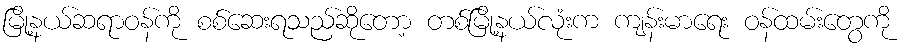
မြို့နယ်ဆရာဝန်ကို စစ်ဆေးရသည်ဆိုတော့ တစ်မြို့နယ်လုံးက ကျန်းမာရေး ဝန်ထမ်းတွေကို